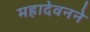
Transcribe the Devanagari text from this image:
महादेवनने